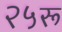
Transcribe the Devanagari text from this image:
२५रू